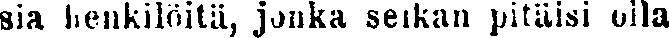
sia henkilöitä, jonka seikan pitäisi olla